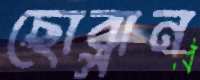
ছোব্‌লান